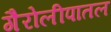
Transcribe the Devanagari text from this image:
गैरोलीपातल